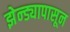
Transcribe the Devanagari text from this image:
झेन्ड्यापासून